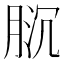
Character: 𱼌